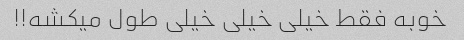
خوبه فقط خیلی خیلی خیلی طول میکشه!!